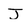
Character: J